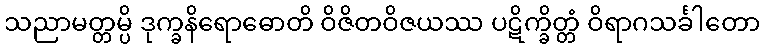
သညာမတ္တမ္ပိ ဒုက္ခနိရောဓောတိ ဝိဇိတဝိဇယဿ ပဋိက္ခိတ္တံ ဝိရာဂသင်္ခါတော